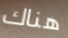
هناك